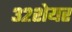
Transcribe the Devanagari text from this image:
३२शेयर